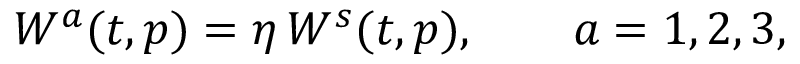
W ^ { a } ( t , p ) = \eta \, W ^ { s } ( t , p ) , \qquad a = 1 , 2 , 3 ,